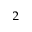
_ 2